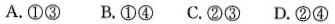
A.①③B.①④C.②③D.②④